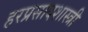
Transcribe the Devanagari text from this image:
हरप्रसादशास्त्री